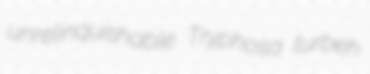
unrelinquishable Tryphosa turbeh